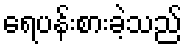
ရေပန်းစားခဲ့သည်